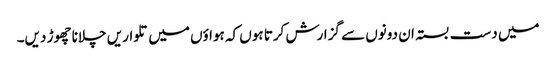
میں دست بستہ ان دونوں سے گزارش کرتا ہوں کہ ہواؤں میں تلواریں چلانا چھوڑ دیں۔